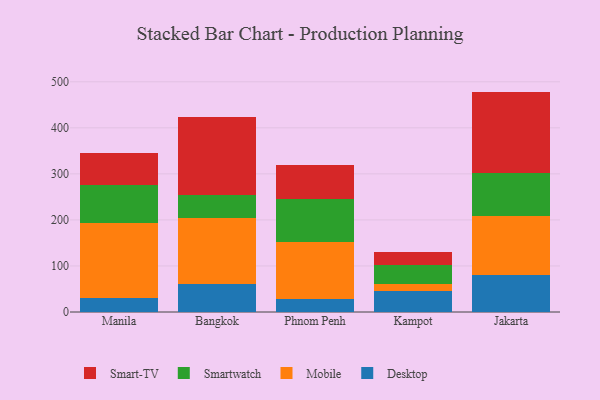
{"axis": {"x": "City", "y": "Bounce Rate (%)"}, "legend": ["Desktop", "Mobile", "Smart-TV", "Smartwatch"], "data": [{"x": "Manila", "y": 30.6, "type": "Desktop"}, {"x": "Manila", "y": 161.9, "type": "Mobile"}, {"x": "Manila", "y": 82.3, "type": "Smartwatch"}, {"x": "Manila", "y": 69.9, "type": "Smart-TV"}, {"x": "Bangkok", "y": 61.2, "type": "Desktop"}, {"x": "Bangkok", "y": 143.1, "type": "Mobile"}, {"x": "Bangkok", "y": 49.2, "type": "Smartwatch"}, {"x": "Bangkok", "y": 169.3, "type": "Smart-TV"}, {"x": "Phnom Penh", "y": 27.7, "type": "Desktop"}, {"x": "Phnom Penh", "y": 123.3, "type": "Mobile"}, {"x": "Phnom Penh", "y": 95.1, "type": "Smartwatch"}, {"x": "Phnom Penh", "y": 74.0, "type": "Smart-TV"}, {"x": "Kampot", "y": 44.6, "type": "Desktop"}, {"x": "Kampot", "y": 16.4, "type": "Mobile"}, {"x": "Kampot", "y": 41.2, "type": "Smartwatch"}, {"x": "Kampot", "y": 28.3, "type": "Smart-TV"}, {"x": "Jakarta", "y": 81.1, "type": "Desktop"}, {"x": "Jakarta", "y": 127.6, "type": "Mobile"}, {"x": "Jakarta", "y": 94.2, "type": "Smartwatch"}, {"x": "Jakarta", "y": 175.8, "type": "Smart-TV"}]}